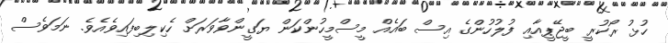
ހުޅު ރޯކުރީ ބީޖޭޕީއާއި ފުލުހުންގެ އިސް ބައެއް މީސްމީހުންކަން ޔަގީންވާވަރަށް ހެކިލިބިފައިވެއެވެ. ނަމަވެސް